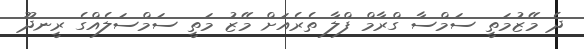
ދެ މޭޒުމަތީ ސަމްސާ ގްރާމް ފްލާ ތެރެއަށް މޭޒު މަތީ ސަމްސަލެއްގެ ރީނދޫ